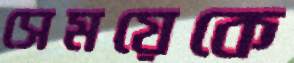
সেময়েকে